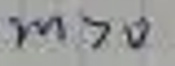
\[
m > 0
\]